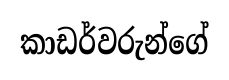
කාඩර්වරුන්ගේ